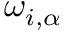
\omega _ { i , \alpha }